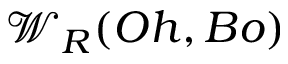
{ \mathcal { W } } _ { R } ( O h , B o )